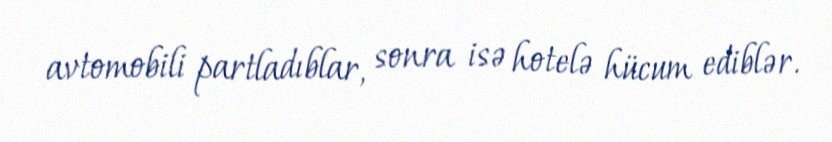
avtomobili partladıblar, sonra isə hotelə hücum ediblər.